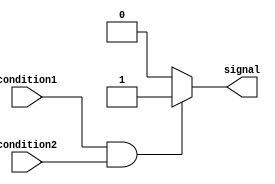
module BehavioralContinuousAssignment (
    input wire condition1,
    input wire condition2,
    output reg signal
);

always @* begin
    if (condition1 && condition2)
        signal = 1;
    else
        signal = 0;
end

endmodule